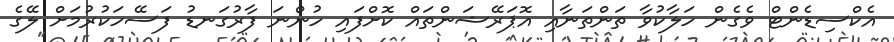
އެކްސިޑެންޓް ވެގެން ހަލާކުވާ ތަންތަނާއި އޮޕަރޭޝަންތައް ކޮށްފައި ހުންނަ ފާރުގަނޑު ފަސޭހަކުރުމަށް ލޭގެ